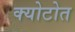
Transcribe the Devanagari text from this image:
क्योटोत